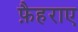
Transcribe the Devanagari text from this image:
फ़ैहराए